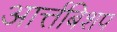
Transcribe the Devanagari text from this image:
आर्त्तबिशप